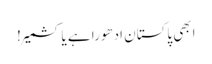
ابھی پاکستان ادھورا ہے یا کشمیر!